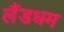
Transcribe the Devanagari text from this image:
लैंडधम